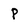
Character: p